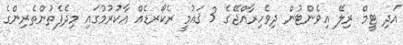
އަދި ޓީމް ރިލޭ އިވެންޓުން ދިވެހިރާއްޖޭގެ 3 ޤައުމީ ރެކޯރޑެއް އާކުރުމުގައި މިދެފެތުންތެރިންގެ